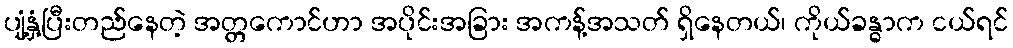
ပျံ့နှံ့ပြီးတည်နေတဲ့ အတ္တကောင်ဟာ အပိုင်းအခြား အကန့်အသတ် ရှိနေတယ်၊ ကိုယ်ခန္ဓာက ငယ်ရင်